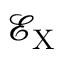
\mathcal { E } _ { \mathrm { X } }